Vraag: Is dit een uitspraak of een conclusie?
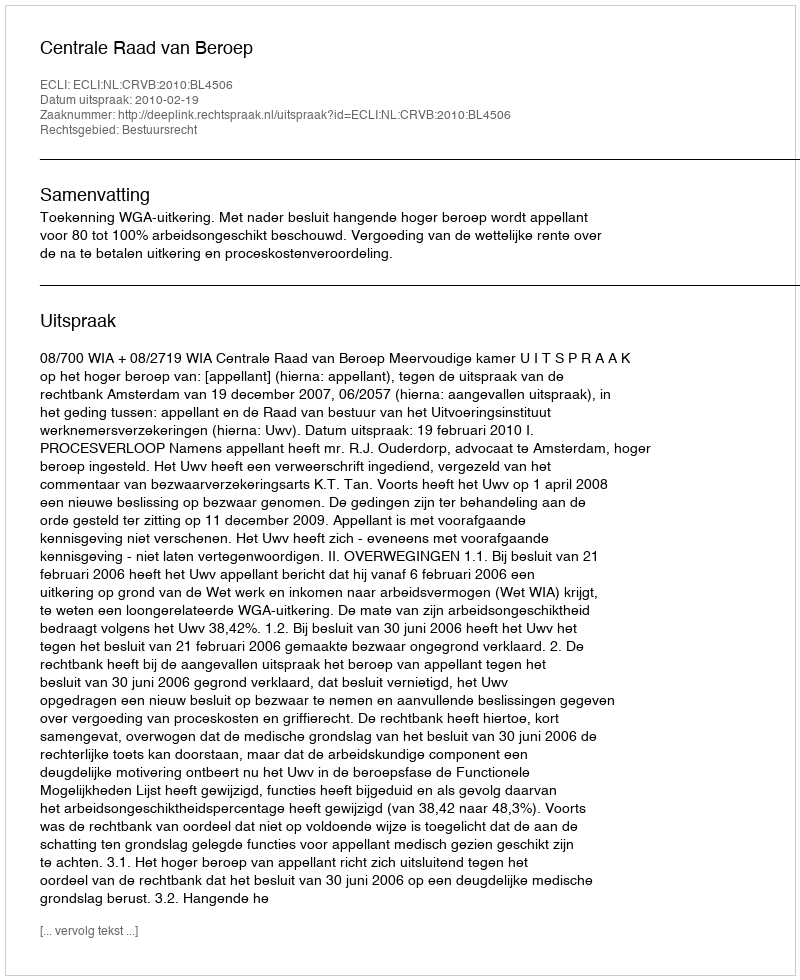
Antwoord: Uitspraak